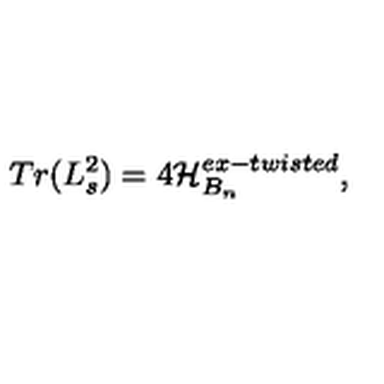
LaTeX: T r ( L _ { s } ^ { 2 } ) = 4 { \cal H } _ { B _ { n } } ^ { e x - t w i s t e d } ,